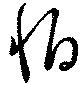
怕